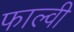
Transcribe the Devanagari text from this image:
फाल्वी